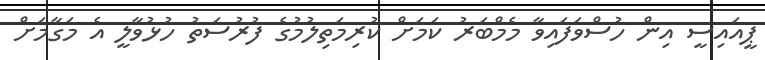
ޕީއައިސީ އިން ހުސްވަފައިވާ މެމްބަރު ކަމަށް ކުރިމަތިލުމުގެ ފުރުސަތު ހުޅުވާލީ އެ މަގާމަށް